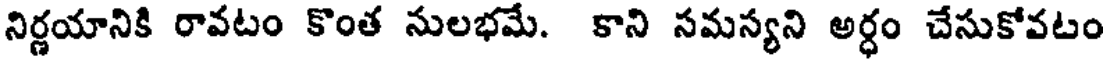
నిర్ణయానికి రావటం కొంత నులభమే. కాని సమస్యని అర్ధం చేసుకోవటం